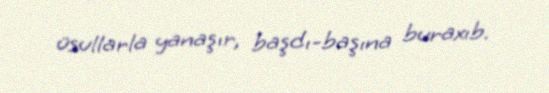
üsullarla yanaşır, başdı-başına buraxıb.